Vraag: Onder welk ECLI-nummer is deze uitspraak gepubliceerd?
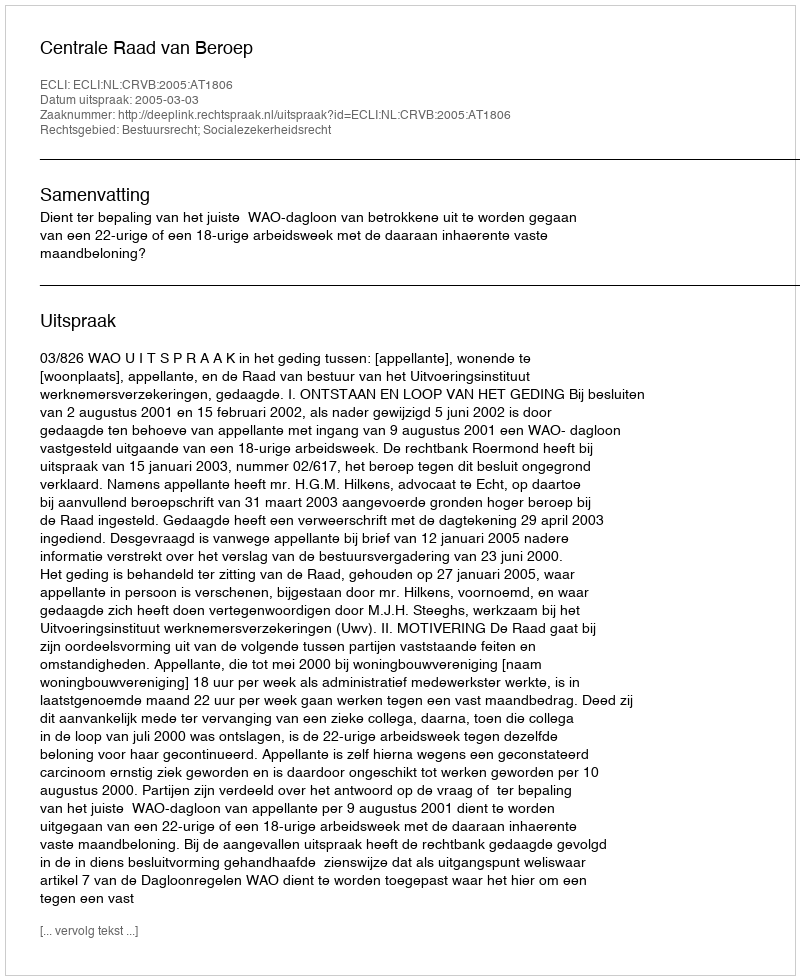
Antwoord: ECLI:NL:CRVB:2005:AT1806